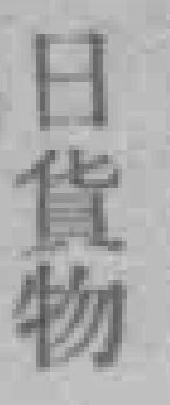
日货物